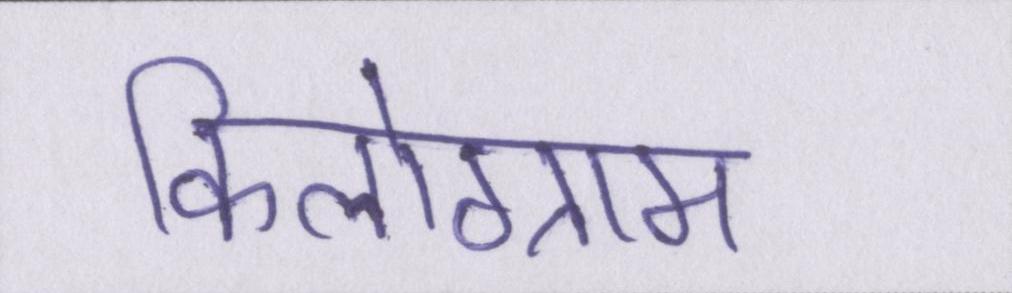
किलोग्राम